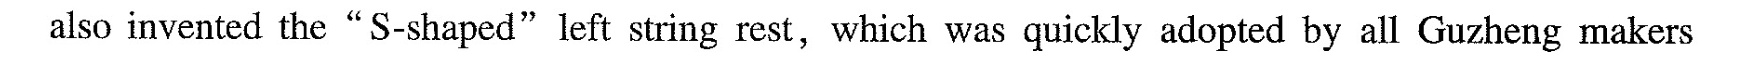
also invented the"S-shaped"left string rest,which was quickly adopted by all Guzheng makers